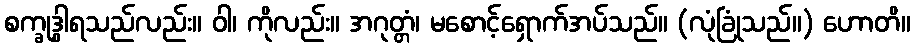
စက္ခုဒွါရသည်လည်း။ ဝါ၊ ကိုလည်း။ အဂုတ္တံ၊ မစောင့်ရှောက်အပ်သည်။ (လုံခြုံသည်။) ဟောတိ။